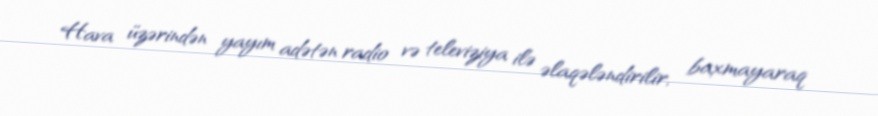
Hava üzərindən yayım adətən radio və televiziya ilə əlaqələndirilir, baxmayaraq